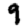
Digit: 9